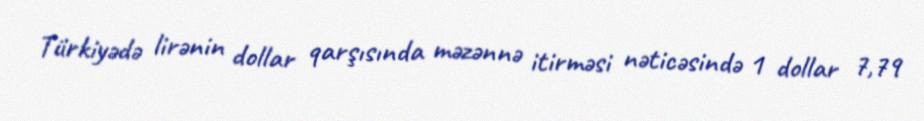
Türkiyədə lirənin dollar qarşısında məzənnə itirməsi nəticəsində 1 dollar 7,79